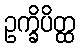
ဥက္ခိပိတ္ထ